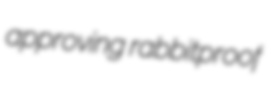
approving rabbitproof